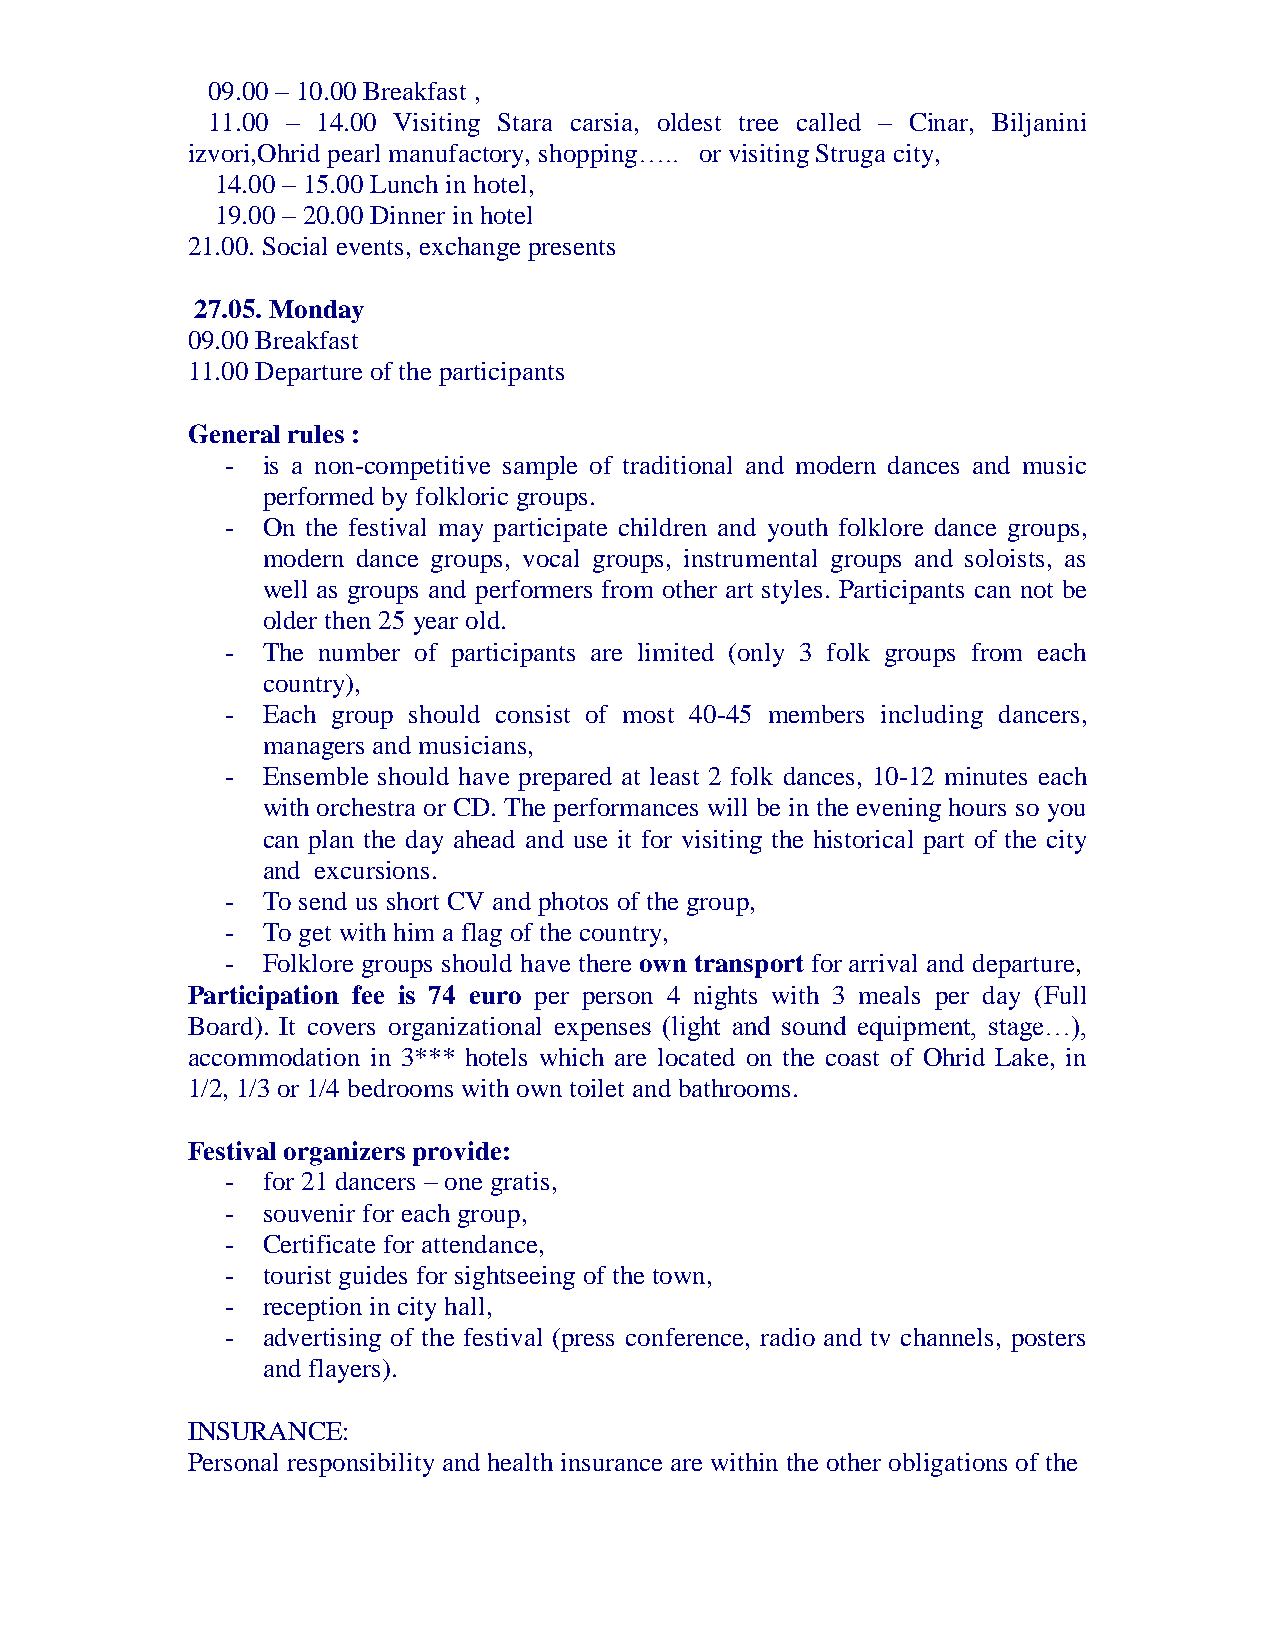
09.00 – 10.00 Breakfast ,
 11.00 – 14.00 Visiting Stara carsia, oldest tree called – Cinar, Biljanini
 izvori,Ohrid pearl manufactory, shopping….. or visiting Struga city,
 14.00 – 15.00 Lunch in hotel,
 19.00 – 20.00 Dinner in hotel
 21.00. Social events, exchange presents
 27.05. Monday
 09.00 Breakfast
 11.00 Departure of the participants
 General rules :
 - is a non-competitive sample of traditional and modern dances and music
 performed by folkloric groups.
 - On the festival may participate children and youth folklore dance groups,
 modern dance groups, vocal groups, instrumental groups and soloists, as
 well as groups and performers from other art styles. Participants can not be
 older then 25 year old.
 - The number of participants are limited (only 3 folk groups from each
 country),
 - Each group should consist of most 40-45 members including dancers,
 managers and musicians,
 - Ensemble should have prepared at least 2 folk dances, 10-12 minutes each
 with orchestra or CD. The performances will be in the evening hours so you
 can plan the day ahead and use it for visiting the historical part of the city
 and excursions.
 - To send us short CV and photos of the group,
 - To get with him a flag of the country,
 - Folklore groups should have there own transport for arrival and departure,
 Participation fee is 74 euro per person 4 nights with 3 meals per day (Full
 Board). It covers organizational expenses (light and sound equipment, stage…),
 accommodation in 3*** hotels which are located on the coast of Ohrid Lake, in
 1/2, 1/3 or 1/4 bedrooms with own toilet and bathrooms.
 Festival organizers provide:
 - for 21 dancers – one gratis,
 - souvenir for each group,
 - Certificate for attendance,
 - tourist guides for sightseeing of the town,
 - reception in city hall,
 - advertising of the festival (press conference, radio and tv channels, posters
 and flayers).
 INSURANCE:
 Personal responsibility and health insurance are within the other obligations of the